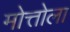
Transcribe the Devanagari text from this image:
मोत्तोला